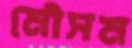
মৌসম